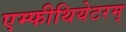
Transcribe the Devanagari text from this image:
एम्फीथियेटरम्